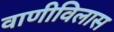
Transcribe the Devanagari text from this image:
वाणीविलास